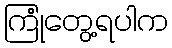
ကြုံတွေ့ရပါက